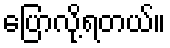
ပြောလို့ရတယ်။